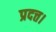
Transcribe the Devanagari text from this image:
प्रदत्त।